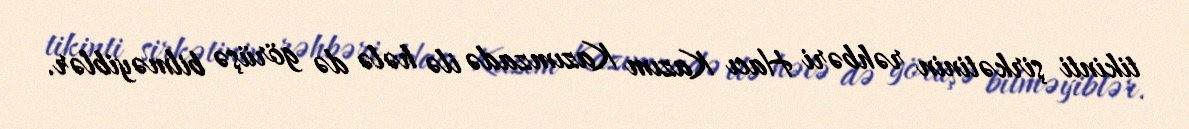
tikinti şirkətinin rəhbəri Hacı Kazım Kazımzadə ilə hələ də görüşə bilməyiblər.